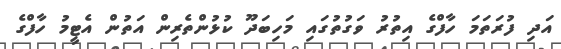
އަދި ފުރަތަމަ ހާފްގެ އިތުރު ވަގުތުގައި މަހިބަދޫ ކުޅުންތެރިން އަތުން އެޓީމު ހާފްގެ